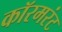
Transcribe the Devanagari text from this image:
कॉरमरंट